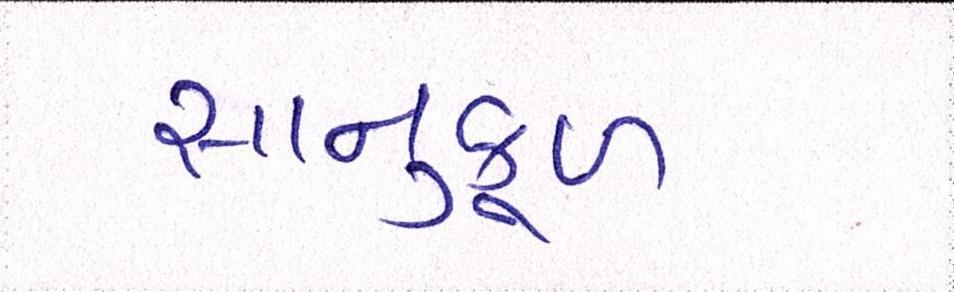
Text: સાનુકૂળ